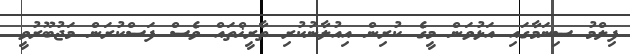
ފިލްމު ސިނަމާގައި އަޅުވަން މީގެ ކުރިން އިއުލާނުކުރި ތާރީޚްތައް ވެސް ފަސްކުރަން މަޖުބޫރުވީ